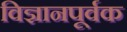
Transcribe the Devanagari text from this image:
विज्ञानपूर्वक